Annual statistical returns and brief notes on vaccination in Bengal - 1909-1929
Year: 1909
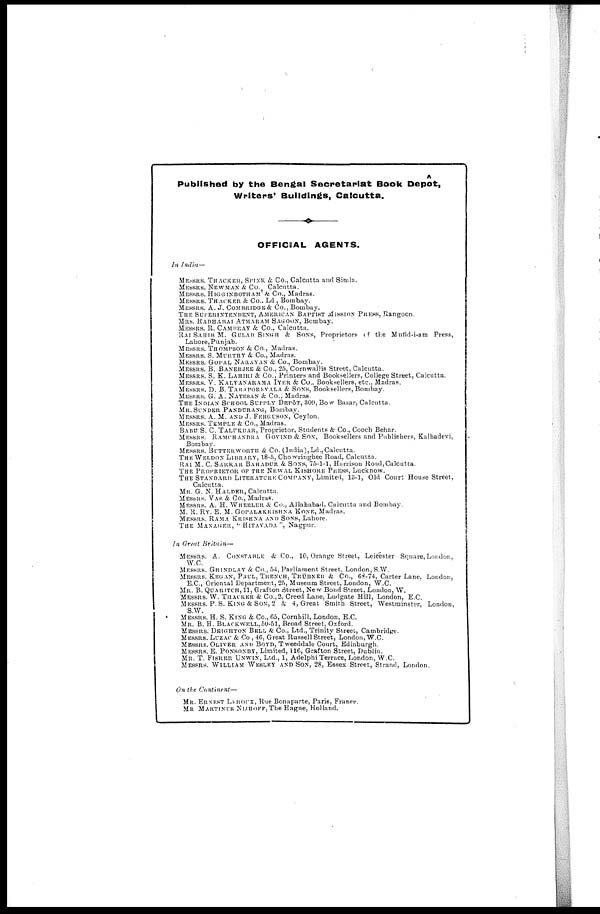
Published by the Bengal Secretariat Book Depôt,
Writers' Buildings, Calcutta.
OFFICIAL AGENTS.
In India—
MESSRS. THACKER, SPINK & Co., Calcutta and Simla.
MESSRS. NEWMAN & Co., Calcutta.
MESSRS. HIGGINBOTHAM & Co., Madras.
MESSRS. THACKER & Co., Ld., Bombay.
MESSRS. A. J. COMBRIDGE & Co., Bombay.
THE SUPERINTENDENT, AMERICAN BAPTIST MISSION PRESS, Rangoon.
MRS. RADHABAI ATMARAM SAGOON, Bombay.
MESSRS. R. CAMBRAY & Co., Calcutta.
RAI SAHIB M. GULAB SINGH & SONS, Proprietors of the Mufid-i-am Press,
Lahore, Punjab.
MESSRS. THOMPSON & Co., Madras.
MESSRS. S. MURTHY & Co., Madras.
MESSRS. GOPAL NARAYAN & Co., Bombay.
MESSRS. B. BANERJEE & Co., 25, Cornwallis Street, Calcutta.
MESSRS. S. K. LAHIRI & Co., Printers and Booksellers, College Street, Calcutta.
MESSRS. V. KALYANARAMA IYER & Co., Booksellers, etc., Madras.
MESSRS. D. B. TARAPOREVALA & SONS, Booksellers, Bombay.
MESSRS. G. A. NATESAN & Co., Madras.
THE INDIAN SCHOOL SUPPLY DEPÔT, 309, Bow Bazar, Calcutta.
MR. SUNDER PANDURANG, Bombay.
MESSRS. A. M. AND J. FERGUSON, Ceylon.
MESSRS. TEMPLE & Co., Madras.
BABU S. C. TALUKDAR, Proprietor, Students & Co., Cooch Behar.
MESSRS. RAMCHANDRA GOVIND & SON, Booksellers and Publishers, Kalbadevi.
Bombay.
MESSRS. BUTTERWORTH & Co. (India),Ld., Calcutta.
THE WELDON LIBRARY, 18-5, Chowringhee Road, Calcutta.
RAI M. C. SARKAR BAHADUR & SONS, 75-1-1, Harrison Road,Calcutta.
THE PROPRIETOR OF THE NEWAL KISHORE PRESS, Lucknow.
THE STANDARD LITERATURE COMPANY, Limited, 13-1, Old Court House Street,
Calcutta.
MR. G. N. HALDER, Calcutta.
MESSRS. VAS & Co., Madras.
MESSRS. A. H. WHEELER & Co., Allahabad, Calcutta and Bombay.
M. R. RY. E. M. GOPALAKRISHNA KONE, Madras.
MESSRS. RAMA KRISHNA AND SONS, Lahore.
THE MANAGER, '' HITAVADA ", Nagpur.
In Great Britain—
MESSRS. A. CONSTABLE & Co., 10, Orange Street, Leicester Square, London.
W.C.
MESSRS. GRINDLAY & Co., 54, Parliament Street, London, S.W.
MESSRS. KEGAN, PAUL, TRENCH, TRÜBNER & Co., 68-74, Carter Lane, London,
E.C., Oriental Department, 25, Museum Street, London, W.C.
MR. B. QUARITCH, 11, Grafton Street, New Bond Street, London, W.
MESSRS. W. THACKER & Co.,2, Creed Lane, Ludgate Hill, London, E.C.
MESSRS. P. S. KING & SON, 2 & 4, Great Smith Street, Westminster, London,
S.W.
MESSRS. H. S. KING & Co., 65, Cornhill, London, E.C.
MR. B. H. BLACKWELL,50-51, Broad Street, Oxford.
MESSRS. DEIGHTON BELL & Co., Ltd., Trinity Street, Cambridge.
MESSRS. LUZAC & Co , 46, Great Russell Street, London, W.C.
MESSRS. OLIVER AND BOYD, Tweeddale Court, Edinburgh.
MESSRS. E. PONSONBY, Limited, 116, Grafton Street, Dublin.
MR. T. FISHER UNWIN, Ltd., 1, Adelphi Terrace, London, W.C.
MESSRS. WILLIAM WESLEY AND SON, 28, Essex Street, Strand, London.
On the Continent—
MR. ERNEST LEROUX, Rue Bonaparte, Paris, France.
MR MARTINUS NIJHOFF,The Hague, Holland.